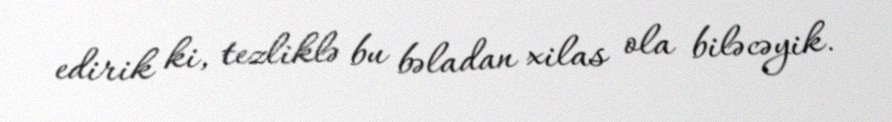
edirik ki, tezliklə bu bəladan xilas ola biləcəyik.